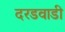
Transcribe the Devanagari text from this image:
दरडवाडी